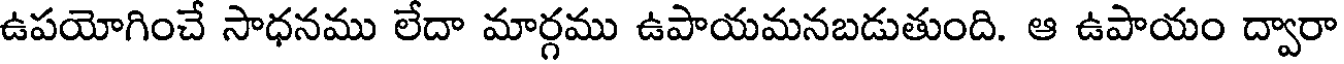
ఉపయోగించే సాధనము లేదా మార్గము ఉపాయమనబడుతుంది. ఆ ఉపాయం ద్వారా